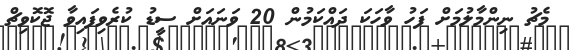
މެޗު ނިންމާލުމަށް ފަހު ވާހަކަ ދައްކަމުން 20 ވަނައަށް ސީޑު ކުރެވިފައިވާ ޖޮކޮވިޗް